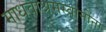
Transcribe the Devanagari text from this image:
माधवाश्रमस्वामींना